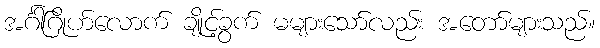
အင်္ဂါဂြိုဟ်လောက် ချိုင့်ခွက် မများသော်လည်း အတော်များသည်။